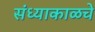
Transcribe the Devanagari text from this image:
संध्याकाळचे